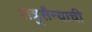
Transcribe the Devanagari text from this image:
शत्रुसैन्याची